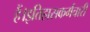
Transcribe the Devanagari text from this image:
हैं।इतिहासकर्मचारी